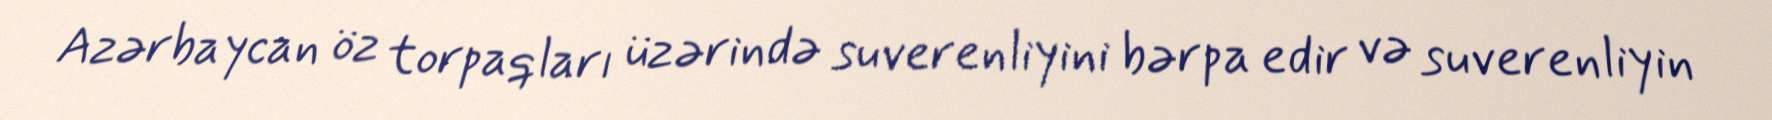
Azərbaycan öz torpaqları üzərində suverenliyini bərpa edir və suverenliyin